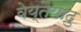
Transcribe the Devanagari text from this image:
वेय्तैयादु